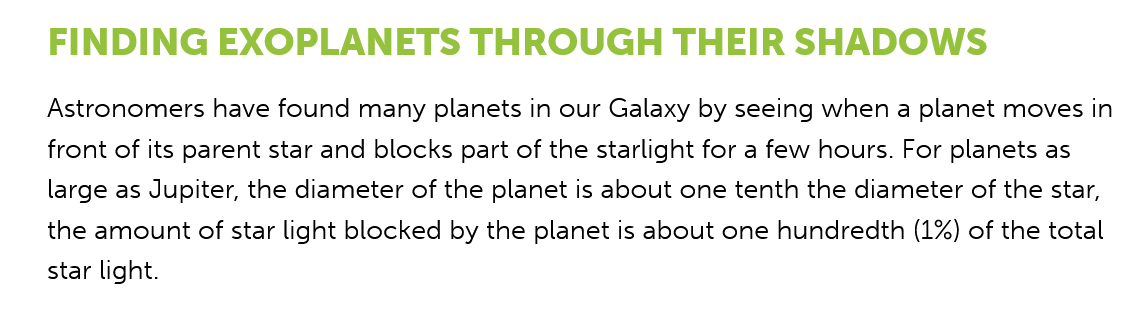
FINDING    EXOPLANETS    THROUGH    THEIR    SHADOWS
    Astronomers have found many planets in our Galaxy by seeing when a planet moves in
    front of its parent star and blocks part of the starlight for a few hours. For planets as
    large as Jupiter, the diameter of the planet is about one tenth the diameter of the star,
    the amount of star light blocked by the planet is about one hundredth (1%) of the total
    star light.